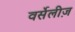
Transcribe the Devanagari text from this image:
वर्सेलीज़